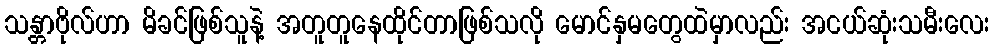
သန္တာဗိုလ်ဟာ မိခင်ဖြစ်သူနဲ့ အတူတူနေထိုင်တာဖြစ်သလို မောင်နှမတွေထဲမှာလည်း အငယ်ဆုံးသမီးလေး